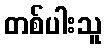
တစ်ပါးသူ